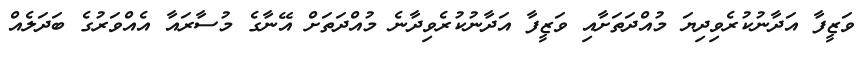
ވަޒީފާ އަދާނުކުރެވިދިޔަ މުއްދަތަށާއި ވަޒީފާ އަދާނުކުރެވިދާނެ މުއްދަތަށް އޭނާގެ މުސާރައާ އެއްވަރުގެ ބަދަލެއް